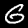
Digit: 6